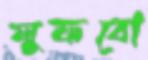
লুফবো